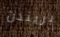
بريندن